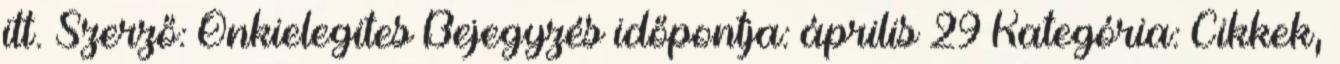
itt. Szerző: Onkielegites Bejegyzés időpontja: április 29 Kategória: Cikkek,